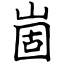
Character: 崮